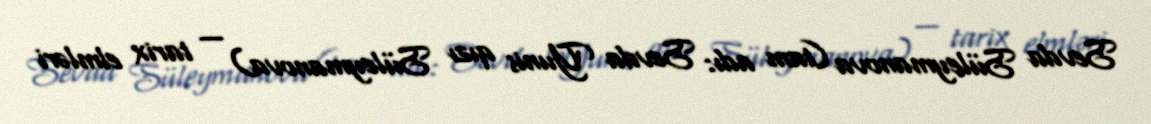
Sevda Süleymanova (tam adı: Sevda Yunis qızı Süleymanova) — tarix elmləri